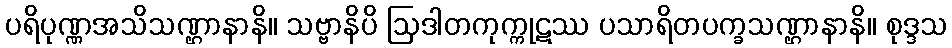
ပရိပုဏ္ဏအသိသဏ္ဌာနာနိ။ သဗ္ဗာနိပိ ဩဒါတကုက္ကုဋဿ ပသာရိတပက္ခသဏ္ဌာနာနိ။ စုဒ္ဒသ